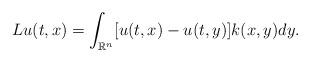
LaTeX: \begin{align*}Lu(t,x) = \int_{\mathbb{R}^{n}}[u(t,x)-u(t,y)]k(x,y)dy.\end{align*}